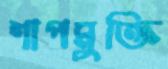
শাপমুক্তি